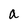
Character: a